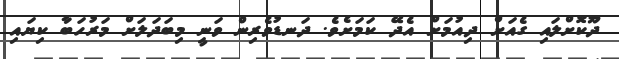
ދޫކޮށްލައި ގެއަށް ދިއުމަށް އެދޭ ކަމަށެވެ. ދަނޑުވެރިން ވަނީ މިބަދަލަށް މަރުހަބާ ކިޔައި